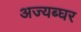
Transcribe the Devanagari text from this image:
अज्यब्घर